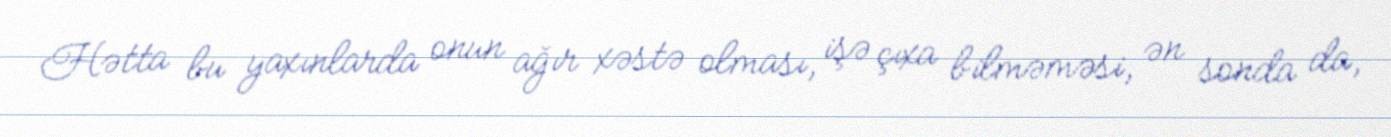
Hətta bu yaxınlarda onun ağır xəstə olması, işə çıxa bilməməsi, ən sonda da,